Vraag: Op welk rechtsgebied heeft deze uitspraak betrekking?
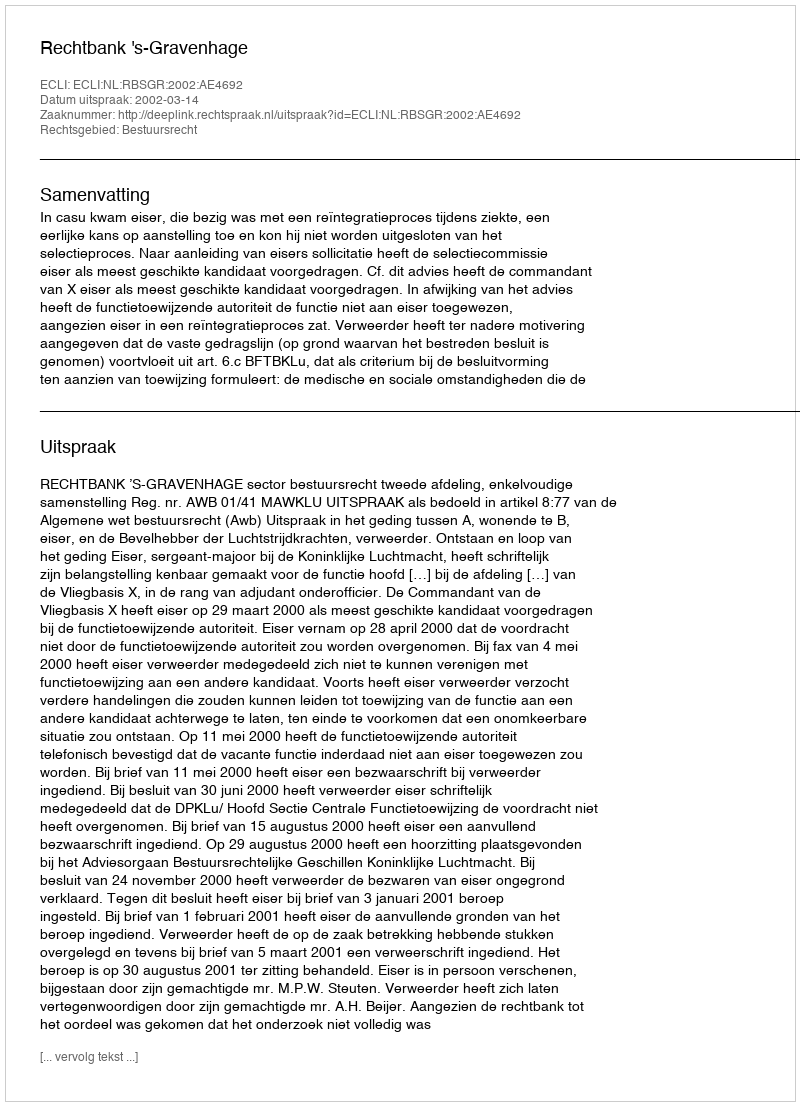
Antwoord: Bestuursrecht